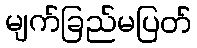
မျက်ခြည်မပြတ်